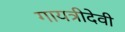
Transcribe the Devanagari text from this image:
गायत्रीदेवी